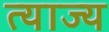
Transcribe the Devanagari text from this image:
त्‍याज्‍य